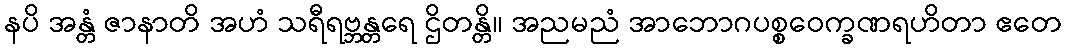
နပိ အန္တံ ဇာနာတိ အဟံ သရီရဗ္ဘန္တရေ ဌိတန္တိ။ အညမညံ အာဘောဂပစ္စဝေက္ခဏရဟိတာ ဧတေ